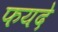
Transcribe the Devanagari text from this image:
फयदे